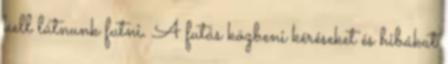
kell látnunk futni. A futás közbeni kéréseket és hibákat